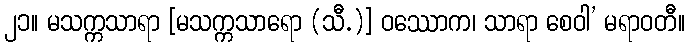
၂၁။ မသက္ကသာရာ [မသက္ကသာရော (သီ.)] ဝဿောက၊ သာရာ စေဝါ’ မရာဝတီ။